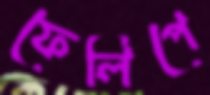
ফেলিপে